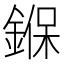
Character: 𨩚